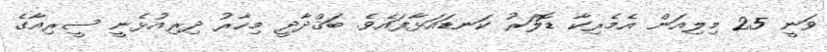
ވަނީ 25 މިލިއަން އެމެރިކާ ޑޮލަރު ކަނޑައަޅާފައެވެ. ބަޤްދާދީ މިހާރު ދިރިއުޅެނީ ސީރިއާގެ